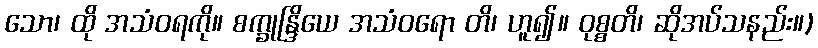
သော၊ ထို အသံဝရကို။ စက္ခုန္ဒြိယေ အသံဝရော တိ၊ ဟူ၍။ ဝုစ္စတိ၊ ဆိုအပ်သနည်း။)